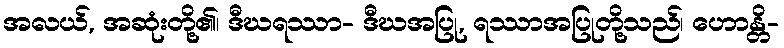
အလယ်, အဆုံးတို့၏၊ ဒီဃရဿာ- ဒီဃအပြု, ရဿာအပြုတို့သည်၊ ဟောန္တိ-